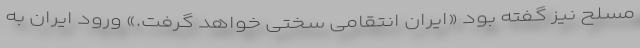
مسلح نیز گفته بود «ایران انتقامی سختی خواهد گرفت.» ورود ایران به